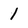
Character: 1